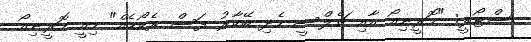
ސްޓޯރީ: "މޮރީނިއޯ އާއި ޗެލްސީ ހެދި ބޭކާރު ފަސް ރެކޯޑެއް" މިއީ މޮރީނިއޯ